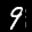
Label: 9